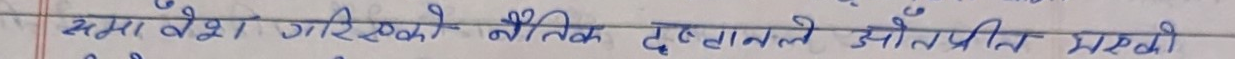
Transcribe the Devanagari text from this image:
समान वैश गरिस्कको भौतिक दस्ताले आतंप्रति मखि